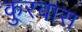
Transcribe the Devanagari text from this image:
कुरवास